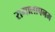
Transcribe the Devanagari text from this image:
रागालापनम